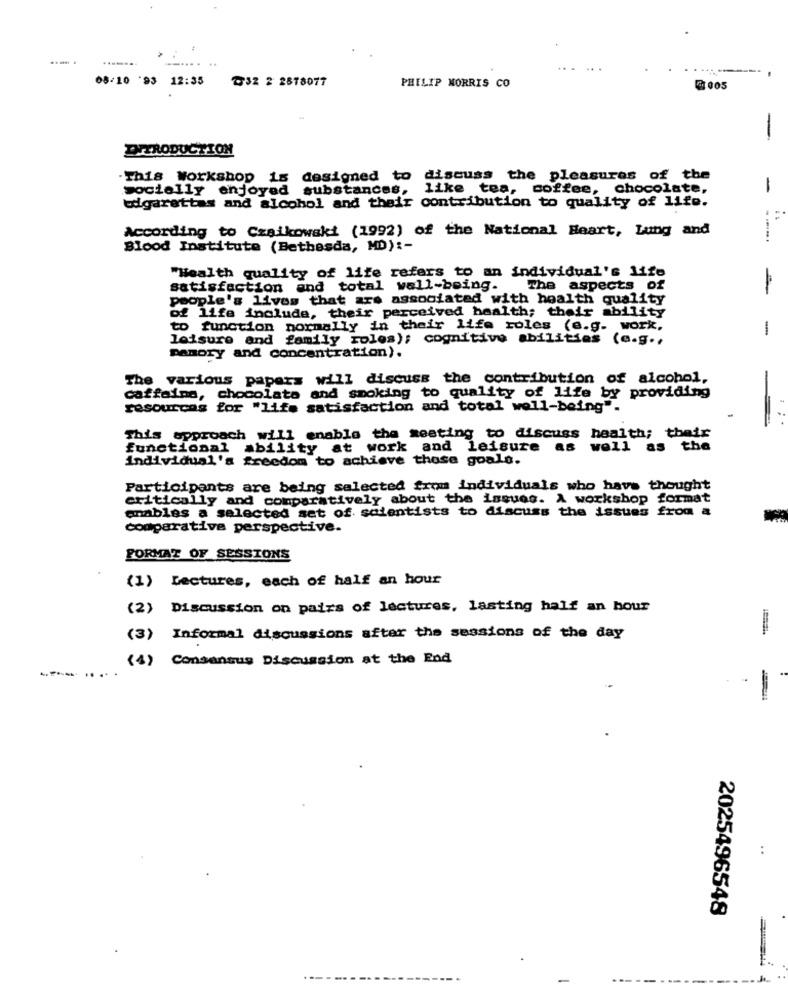
..... .
.......
...... ..
...
08/10 '93 12:35
₸32 2 2878077
PHILIP MORRIS CO
21005
-
DIERODUCTION
.This Workshop is designed to discuss the pleasures of the
Socially enjoyed substances, like tea, coffee, chocolate,
edgarettas and alcohol and their contribution to quality of life.
According to Czaikowski (1992) of the National Heart, Lung and
Blood Institute (Bethesda, MD) :-
"Health quality of life refers to an individual's life
satisfaction and total well-being.
The aspects of
people's lives that are associated with health quality
of life include, their perceived health; their ability
to function normally in their life roles (e.g. work,
-
leisure and family roles); cognitive abilities (e.g .,
DanoTy and concentration).
The various papers will discuss the contribution of alcohol,
caffeine, chocolate and smoking to quality of life by providing
resources for "life satisfaction and total well-being".
This approach will enable the meeting to discuss health; their
functional ability at work and leisure as
well as the
Individual's freedom to achieve those goals.
Participants are being selected from individuals who have thought
critically and comparatively about the issues. A workshop format
amables a selected set of scientists to discuss the issues from &
comparative perspective.
FORMAT OF SESSIONS
(1) Lectures, each of half an hour
(2) Discussion on pairs of lectures, lasting half an hour
(3) Informal discussions after the sessions of the day
(4) Consensus Discussion at the End
------
:
2025496548
--